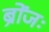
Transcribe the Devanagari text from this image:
ब्रोंजः